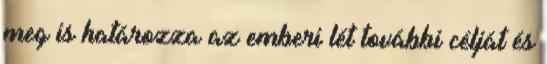
meg is határozza az emberi lét további célját és